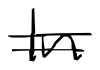
Text: In
Cross-out: double-line
Writing tool: digital_black